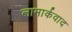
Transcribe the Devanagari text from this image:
लामार्कवाद